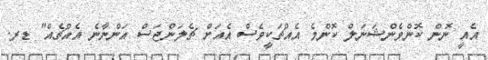
އެއީ ނޮން ކޮންވެންޝަނަލް ކޮންމެ އެއްޗަކީވެސް އެއަށް ޗެލަންޖަސް އަންނާނެ އެއްޗެއް" ޑރ.